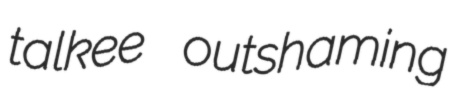
talkee outshaming